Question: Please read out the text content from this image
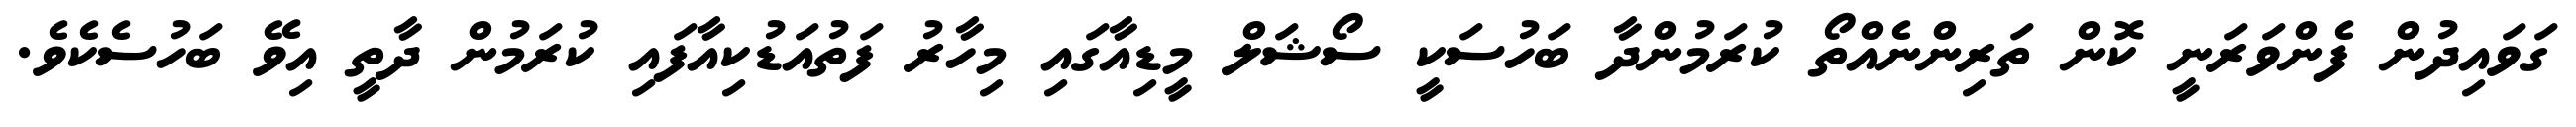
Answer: ގަވައިދުން ފެންވަރަނީ ކޮން ތަރިންނެއްތޯ ކުރަމުންދާ ބަހުސަކީ ސޯޝަލް މީޑިއާގައި މިހާރު ފަތުއަޑުކިއާފައި ކުރަމުން ދާތީ އިވޭ ބަހުސެކެވެ.